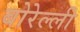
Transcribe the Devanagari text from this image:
बोरेल्ली